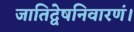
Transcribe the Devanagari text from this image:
जातिद्वेषनिवारणं।